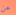
عن